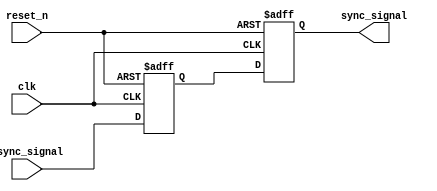
module meta_stability_filter (
    input wire clk,           // Receiving clock
    input wire reset_n,      // Active low reset
    input wire async_signal,  // Asynchronous input signal
    output reg sync_signal    // Synchronized output signal
);

    // Internal signals for the dual flip-flop synchronizer
    reg ff1_out; // Output of the first flip-flop

    // Dual flip-flop synchronizer
    always @(posedge clk or negedge reset_n) begin
        if (!reset_n) begin
            ff1_out <= 1'b0; // Initialize first flip-flop output to 0 on reset
            sync_signal <= 1'b0; // Initialize output to 0 on reset
        end else begin
            ff1_out <= async_signal; // Sample the asynchronous input in the first flip-flop
            sync_signal <= ff1_out;   // Sample the output of the first flip-flop in the second flip-flop
        end
    end

endmodule